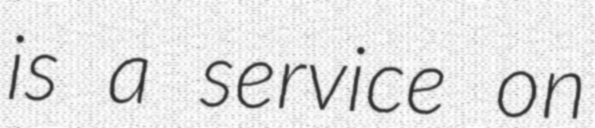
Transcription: is a service on